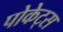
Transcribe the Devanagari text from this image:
पोकेट्स